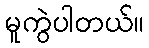
မူကွဲပါတယ်။